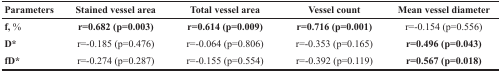
<table><thead><tr><td><b>Parameters</b></td><td><b>Stained vessel area</b></td><td><b>Total vessel area</b></td><td><b>Vessel count</b></td><td><b>Mean vessel diameter</b></td></tr></thead><tbody><tr><td><b>f</b>, %</td><td><b>r=0.682 (p=0.003)</b></td><td><b>r=0.614 (p=0.009)</b></td><td><b>r=0.716 (p=0.001)</b></td><td>r=-0.154 (p=0.556)</td></tr><tr><td><b>D</b>*</td><td>r=-0.185 (p=0.476)</td><td>r=-0.064 (p=0.806)</td><td>r=-0.353 (p=0.165)</td><td><b>r=0.496 (p=0.043)</b></td></tr><tr><td><b>fD</b>*</td><td>r=-0.274 (p=0.287)</td><td>r=-0.155 (p=0.554)</td><td>r=-0.392 (p=0.119)</td><td><b>r=0.567 (p=0.018)</b></td></tr></tbody></table>